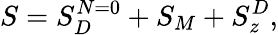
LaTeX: S=S_{D}^{N=0}+S_{M}+S_{z}^{D},